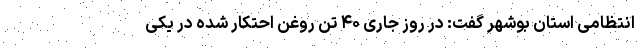
انتظامی استان بوشهر گفت: در روز جاری ۴۰ تن روغن احتکار شده در یکی